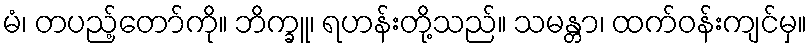
မံ၊ တပည့်တော်ကို။ ဘိက္ခူ၊ ရဟန်းတို့သည်။ သမန္တာ၊ ထက်ဝန်းကျင်မှ။